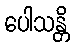
ပေါသန္တိ